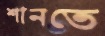
শানতে